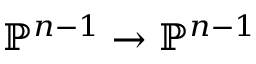
\mathbb { P } ^ { n - 1 } \to \mathbb { P } ^ { n - 1 }